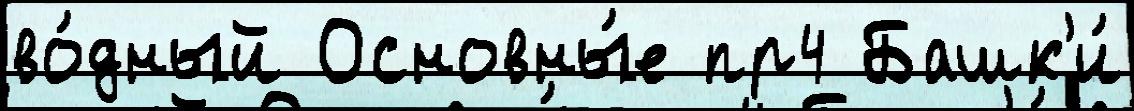
во́дный Основны́е пр4 Башк'и́